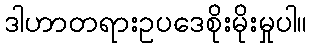
ဒါဟာတရားဥပဒေစိုးမိုးမှုပါ။